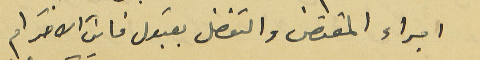
اجراء المقتضى والتفضل بقبول فايق الاحترام